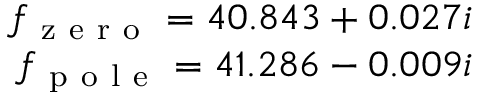
\begin{array} { r } { f _ { \mathrm { ~ z ~ e ~ r ~ o ~ } } = 4 0 . 8 4 3 + 0 . 0 2 7 i } \\ { f _ { \mathrm { ~ p ~ o ~ l ~ e ~ } } = 4 1 . 2 8 6 - 0 . 0 0 9 i } \end{array}